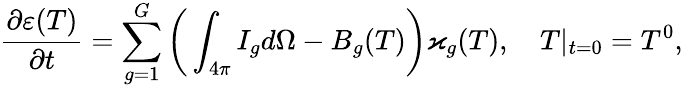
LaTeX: \frac{\partial\varepsilon(T)}{\partial t}={\sum_{g=1}^{G}\bigg(\int_{4\pi}I_{g}d\Omega-B_{g}(T)\bigg)\varkappa_{g}(T)},\quad T|_{t=0}=T^{0},